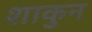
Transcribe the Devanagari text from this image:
शाकुन